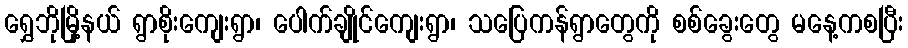
ရွှေဘိုမြို့နယ် ရွာစိုးကျေးရွာ၊ ပေါက်ချိုင်ကျေးရွာ၊ သပြေကန်ရွာတွေကို စစ်ခွေးတွေ မနေ့ကစပြီး